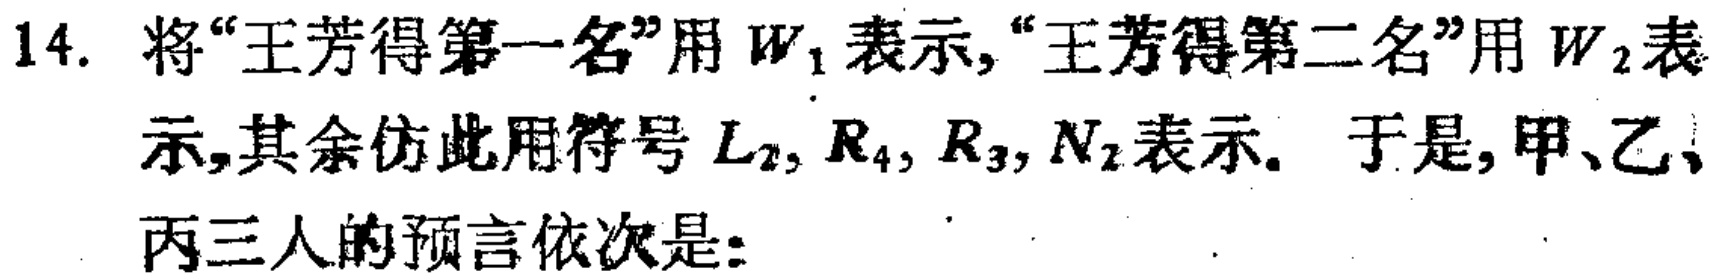
14. 将“王芳得第一名”用 \(W_{1}\) 表示,“王芳得第二名”用 \(W_{2}\) 表示,其余仿此用符号 \(L_{2}, R_{4}, R_{3}, N_{2}\) 表示。于是, 甲、乙、丙三人的预言依次是：